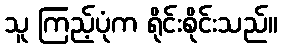
သူ ကြည့်ပုံက ရိုင်းစိုင်းသည်။